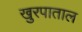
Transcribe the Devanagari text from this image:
खुरपाताल